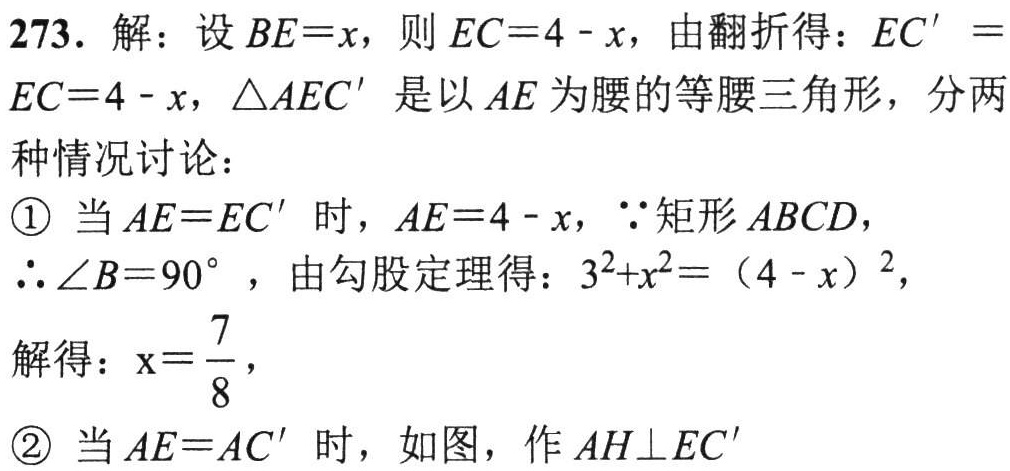
273. 解：设\(BE = x\)，则\(EC = 4 - x\)，由翻折得：\(EC^{\prime}=EC = 4 - x\)，\(\triangle AEC^{\prime}\)是以\(AE\)为腰的等腰三角形，分两种情况讨论：
\textcircled{1} 当\(AE = EC^{\prime}\)时，\(AE = 4 - x\)，\(\because\)矩形\(ABCD\)，
\(\therefore\angle B = 90^{\circ}\)，由勾股定理得：\(3^{2}+x^{2}=(4 - x)^{2}\)，
解得：\(x = \frac{7}{8}\)，
\textcircled{2} 当\(AE = AC^{\prime}\)时，如图，作\(AH\perp EC^{\prime}\)